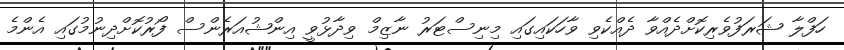
ހަފްލާ ޝަރަފުވެރިކޮށްދެއްވާ ދެއްކެވި ވާހަކައިގައި މިނިސްޓަރު ނާޒިމް ވިދާޅުވީ އިންޝުއަރެންސް ފޯރުކޮށްދިނުމުގައި އެންމެ